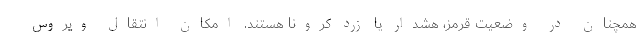
همچنان در وضعیت قرمز، هشدار یا زرد کرونا هستند. امکان انتقال ویروس